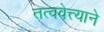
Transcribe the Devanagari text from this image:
तत्ववेत्त्याने